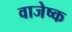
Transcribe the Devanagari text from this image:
वाजेष्क